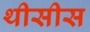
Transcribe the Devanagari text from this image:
थीसीस